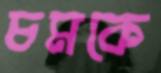
চমকে